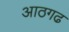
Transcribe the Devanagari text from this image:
आठगढ